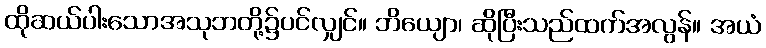
ထိုဆယ်ပါးသောအသုဘတို့၌ပင်လျှင်။ ဘိယျော၊ ဆိုပြီးသည်ထက်အလွန်။ အယံ